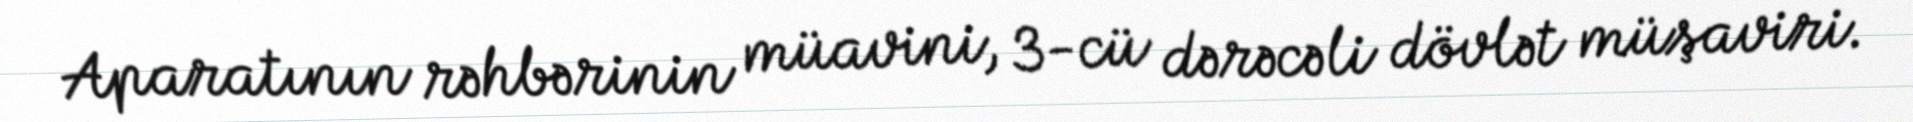
Aparatının rəhbərinin müavini, 3-cü dərəcəli dövlət müşaviri.